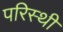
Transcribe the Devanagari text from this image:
परिस्थी